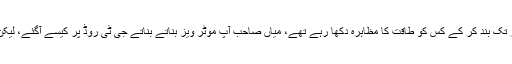
بلاول بھٹو زرداری نے کہا کہ جی ٹی روڈ کو تین روز تک بند کر کے کس کو طاقت کا مظاہرہ دکھا رہے تھے، میاں صاحب آپ موٹر ویز بناتے بناتے جی ٹی روڈ پر کیسے آگئے، لیکن اب جی ٹی روڈ کی نہیں پاکستان کی سیاست چلے گی۔